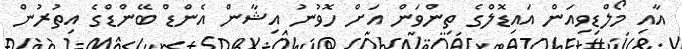
އާއި މޯލްޑިވިއަން އައިޑޮލްގެ ތިންވަން އަށް ހޮވުނު އިޝާން އެންޑް ބޭންޑްގެ އިތުރުން